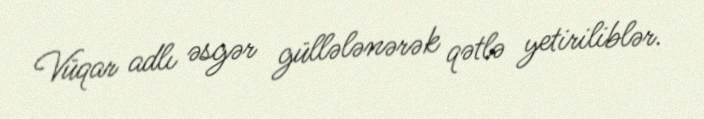
Vüqar adlı əsgər güllələnərək qətlə yetiriliblər.